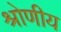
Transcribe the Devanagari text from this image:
श्रोणीय